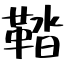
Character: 鞜